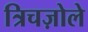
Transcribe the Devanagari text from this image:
त्रिचज़ोले